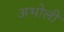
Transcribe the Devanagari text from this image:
अभोली